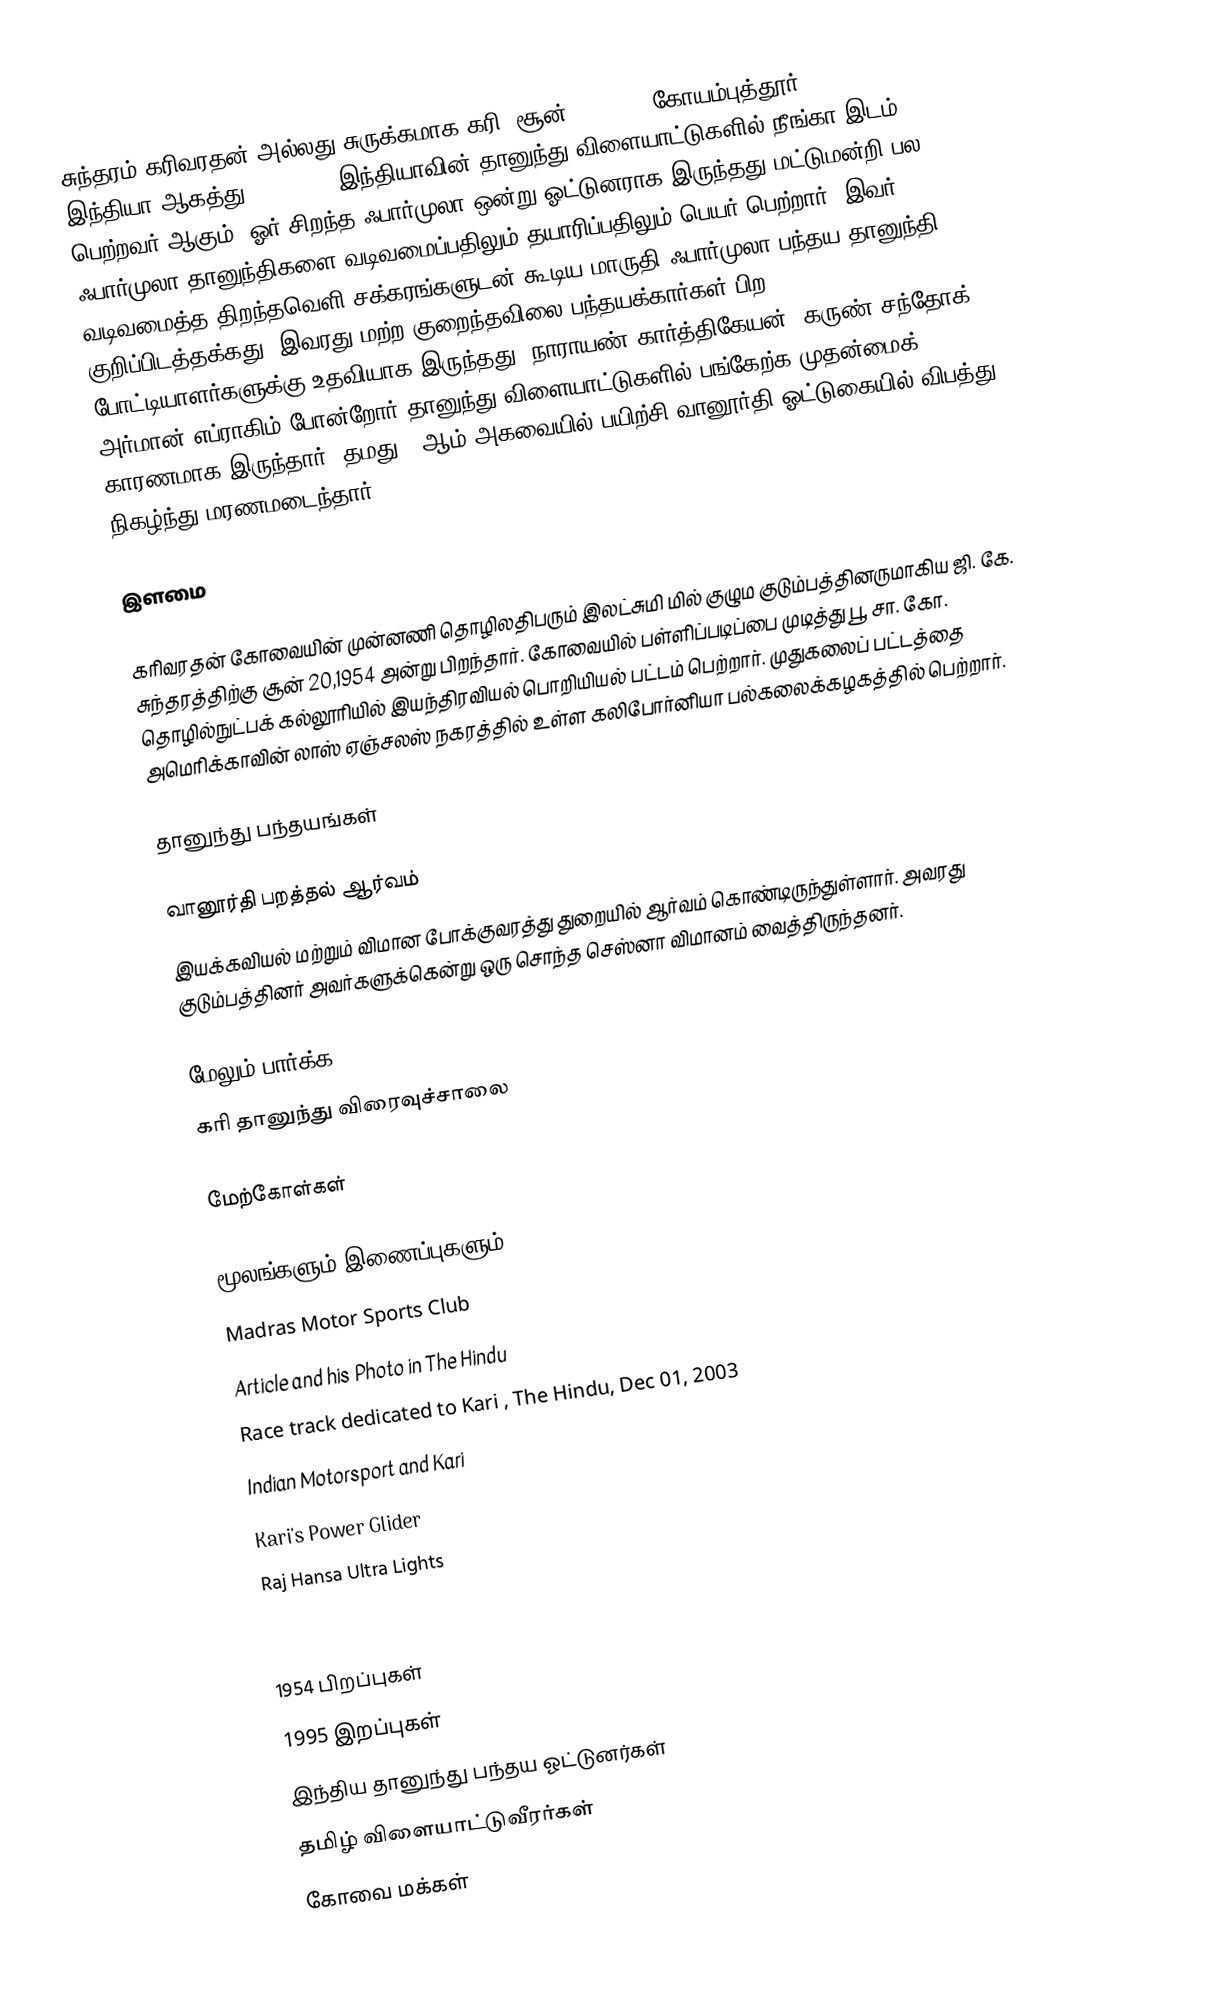
சுந்தரம் கரிவரதன் அல்லது சுருக்கமாக கரி (சூன் 20, 1954 கோயம்புத்தூர், இந்தியா–ஆகத்து 24, 1995 )இந்தியாவின் தானுந்து விளையாட்டுகளில் நீங்கா இடம் பெற்றவர் ஆகும்.  ஓர் சிறந்த ஃபார்முலா ஒன்று ஓட்டுனராக இருந்தது மட்டுமன்றி பல ஃபார்முலா தானுந்திகளை வடிவமைப்பதிலும் தயாரிப்பதிலும் பெயர் பெற்றார். இவர் வடிவமைத்த  திறந்தவெளி சக்கரங்களுடன் கூடிய மாருதி ஃபார்முலா பந்தய தானுந்தி குறிப்பிடத்தக்கது. இவரது மற்ற குறைந்தவிலை பந்தயக்கார்கள் பிற போட்டியாளர்களுக்கு உதவியாக இருந்தது. நாராயண் கார்த்திகேயன், கருண் சந்தோக், அர்மான் எப்ராகிம் போன்றோர் தானுந்து விளையாட்டுகளில் பங்கேற்க முதன்மைக் காரணமாக இருந்தார். தமது 41ஆம் அகவையில் பயிற்சி வானூர்தி ஓட்டுகையில் விபத்து நிகழ்ந்து மரணமடைந்தார்.

இளமை

கரிவரதன் கோவையின் முன்னணி தொழிலதிபரும் இலட்சுமி மில் குழும குடும்பத்தினருமாகிய  ஜி. கே. சுந்தரத்திற்கு சூன் 20,1954 அன்று பிறந்தார். கோவையில் பள்ளிப்படிப்பை முடித்து பூ. சா. கோ. தொழில்நுட்பக் கல்லூரியில் இயந்திரவியல் பொறியியல் பட்டம் பெற்றார். முதுகலைப் பட்டத்தை அமெரிக்காவின் லாஸ் ஏஞ்சலஸ் நகரத்தில் உள்ள கலிபோர்னியா பல்கலைக்கழகத்தில் பெற்றார்.

தானுந்து பந்தயங்கள்

வானூர்தி பறத்தல் ஆர்வம்
இயக்கவியல் மற்றும் விமான போக்குவரத்து துறையில் ஆர்வம் கொண்டிருந்துள்ளார். அவரது குடும்பத்தினர் அவர்களுக்கென்று ஒரு  சொந்த செஸ்னா விமானம் வைத்திருந்தனர்.

மேலும் பார்க்க
கரி தானுந்து விரைவுச்சாலை

மேற்கோள்கள்

மூலங்களும் இணைப்புகளும்
 Madras Motor Sports Club
 Article and his Photo in The Hindu
   Race track dedicated to Kari , The Hindu, Dec 01, 2003
 Indian Motorsport and Kari
 Kari's Power Glider
 Raj Hansa Ultra Lights

1954 பிறப்புகள்
1995 இறப்புகள்
இந்திய தானுந்து பந்தய ஓட்டுனர்கள்
தமிழ் விளையாட்டுவீரர்கள்
கோவை மக்கள்